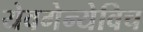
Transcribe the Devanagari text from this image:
येवगेन्येविच